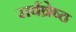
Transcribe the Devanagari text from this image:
सर्वष्रेष्ठ